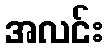
အလင်း